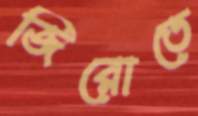
জিরোতে